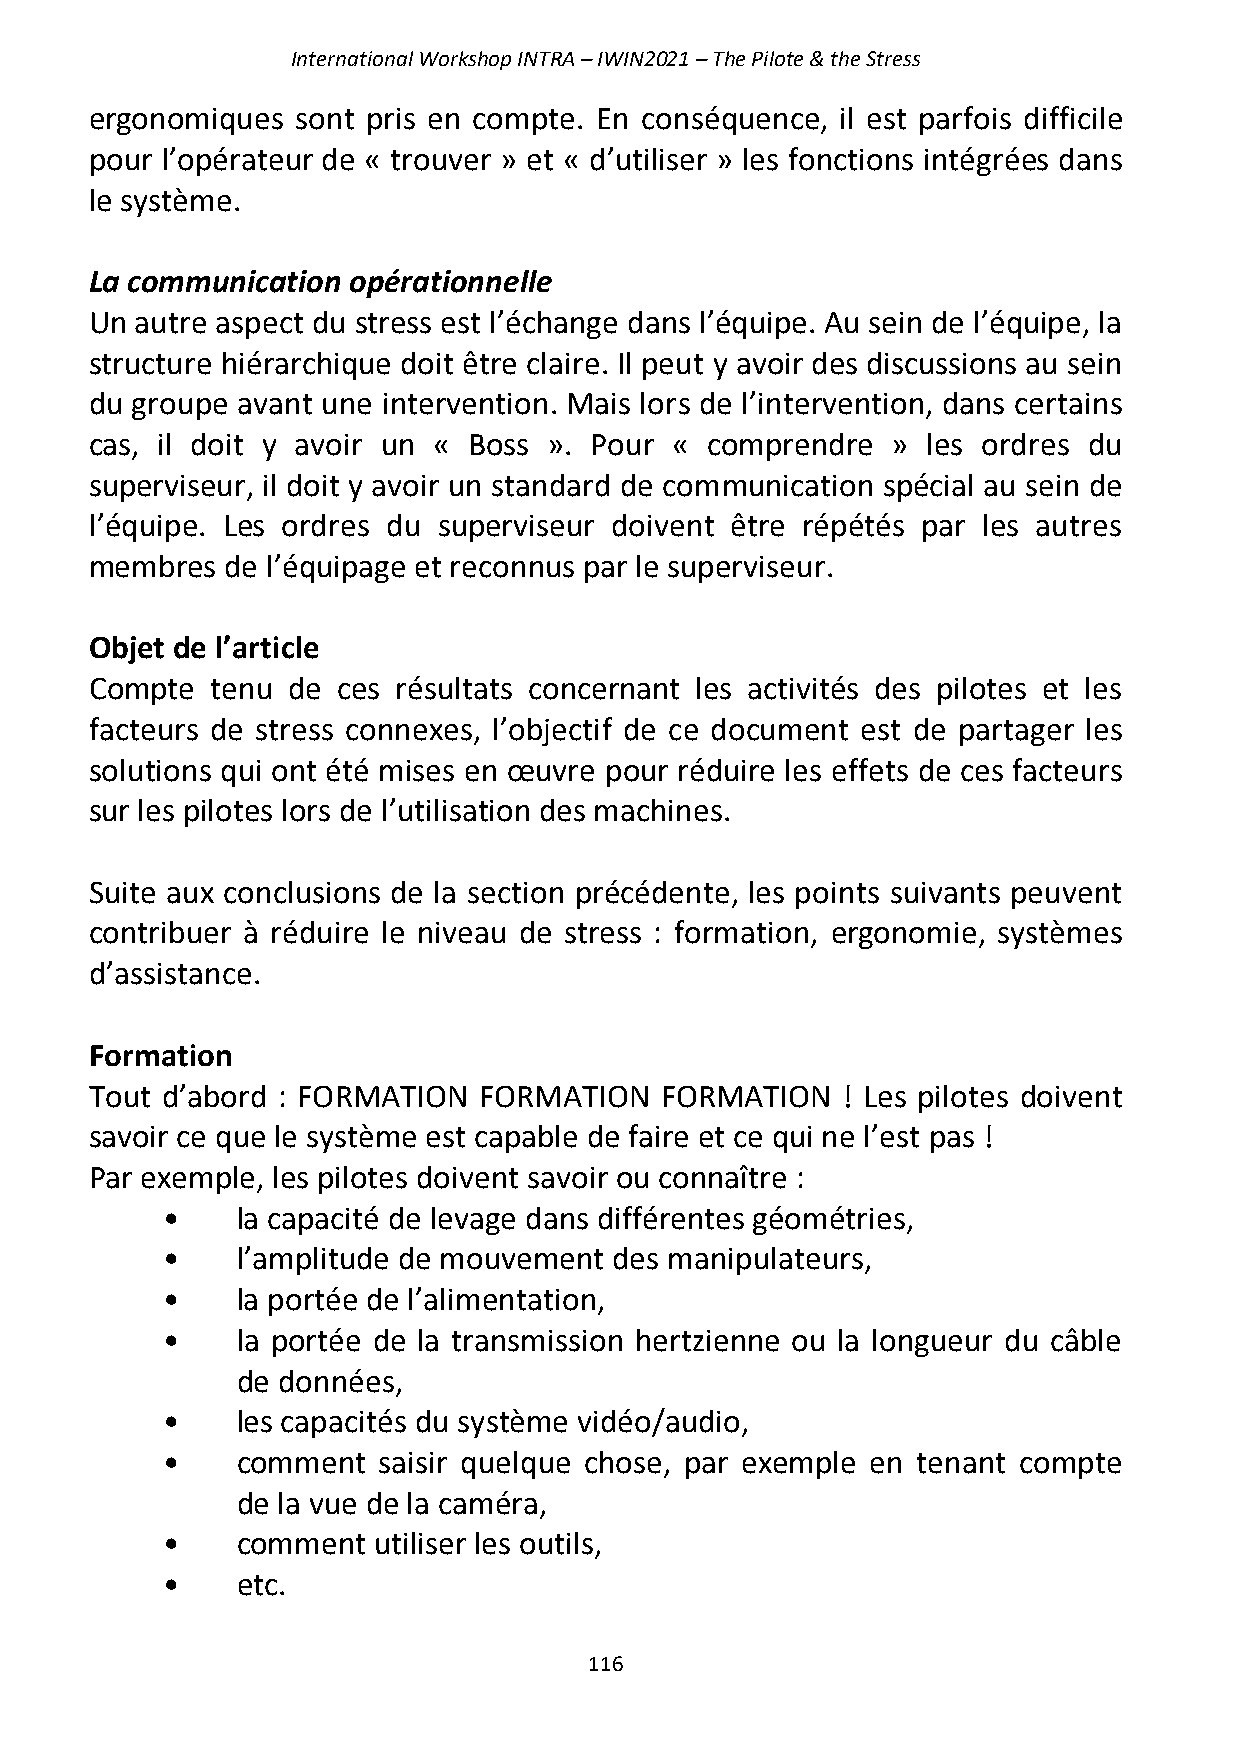
International Workshop INTRA – IWIN2021 – The Pilote & the Stress
 ergonomiques  sont pris en compte. En conséquence, il est parfois difficile
 pour l’opérateur de « trouver » et « d’utiliser » les fonctions intégrées dans
 le système.
 La communication opérationnelle
 Un autre aspect du stress est l’échange dans l’équipe. Au sein de l’équipe, la
 structure hiérarchique doit être claire. Il peut y avoir des discussions au sein
 du groupe avant une intervention. Mais lors de l’intervention, dans certains
 cas, il doit y avoir un « Boss ». Pour « comprendre  » les ordres du
 superviseur, il doit y avoir un standard de communication spécial au sein de
 l’équipe. Les ordres du superviseur doivent être répétés par les autres
 membres  de l’équipage et reconnus par le superviseur.
 Objet de l’article
 Compte  tenu de ces résultats concernant les activités des pilotes et les
 facteurs de stress connexes, l’objectif de ce document est de partager les
 solutions qui ont été mises en œuvre pour réduire les effets de ces facteurs
 sur les pilotes lors de l’utilisation des machines.
 Suite aux conclusions de la section précédente, les points suivants peuvent
 contribuer à réduire le niveau de stress : formation, ergonomie, systèmes
 d’assistance.
 Formation
 Tout d’abord : FORMATION  FORMATION   FORMATION   ! Les pilotes doivent
 savoir ce que le système est capable de faire et ce qui ne l’est pas !
 Par exemple, les pilotes doivent savoir ou connaître :
 •    la capacité de levage dans différentes géométries,
 •    l’amplitude de mouvement des manipulateurs,
 •    la portée de l’alimentation,
 •    la portée de la transmission hertzienne ou la longueur du câble
 de données,
 •    les capacités du système vidéo/audio,
 •    comment  saisir quelque chose, par exemple en tenant compte
 de la vue de la caméra,
 •    comment  utiliser les outils,
 •    etc.
 116